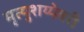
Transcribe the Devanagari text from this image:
मृत्युशय्येवरी